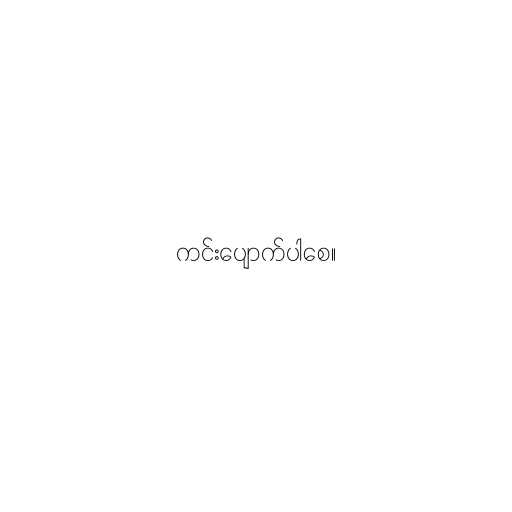
ကင်းပျောက်ပါစေ။